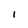
Character: I